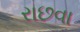
રાછવા